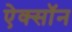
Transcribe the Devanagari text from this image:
ऐक्सॉन